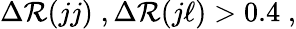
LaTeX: \Delta\mathcal{R}(jj)\; ,\Delta\mathcal{R}(j\ell)>0.4\; ,